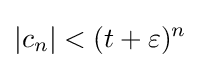
|c_{n}|<(t+\varepsilon )^{n}